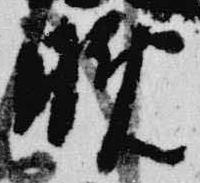
晩